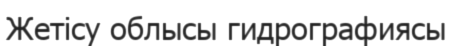
Жетісу облысы гидрографиясы